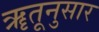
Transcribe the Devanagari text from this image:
ॠतूनुसार